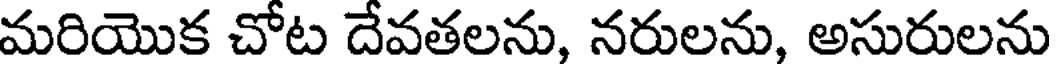
మరియొక చోట దేవతలను, నరులను, అసురులను